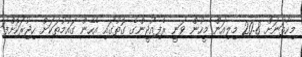
މިހާތަނަށް 20.8 މިލިއަން މީހުން ވަނީ ރެފިއުޖީންގެ ގޮތުގައި އެހެން ގައުމުތަކަށް ހިޖުރަކޮށްފަ